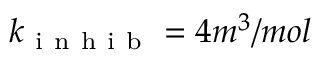
k _ { \mathrm { ~ i ~ n ~ h ~ i ~ b ~ } } = 4 m ^ { 3 } / m o l